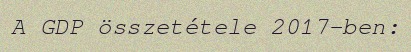
A GDP összetétele 2017-ben: